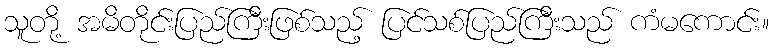
သူတို့ အမိတိုင်းပြည်ကြီးဖြစ်သည့် ပြင်သစ်ပြည်ကြီးသည် ကံမကောင်း။